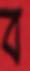
ব